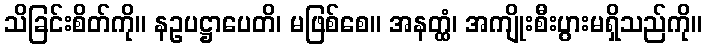
သိခြင်းစိတ်ကို။ နဥပဋ္ဌာပေတိ၊ မဖြစ်စေ။ အနတ္ထံ၊ အကျိုးစီးပွားမရှိသည်ကို။